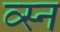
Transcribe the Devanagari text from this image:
व्स्न